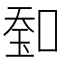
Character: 𠷷